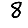
Digit: 8